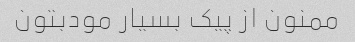
ممنون از پیک بسیار مودبتون